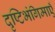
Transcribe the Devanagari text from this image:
दृष्टिभंगिमाएँ